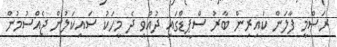
ރަސްމީ ފާލަން ކައިރިން ބާރު ސްޕީޑްގައި ދުއްވި ދެ މީހަކު ސައިކަލުން ޖެއްސުމުން